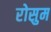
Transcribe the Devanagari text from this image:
रोसुम